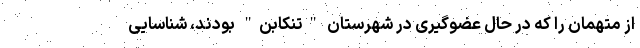
از متهمان را که در حال عضوگیری در شهرستان "تنکابن" بودند، شناسایی